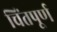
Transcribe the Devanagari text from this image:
चिंतपूर्ण